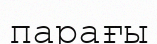
парағы